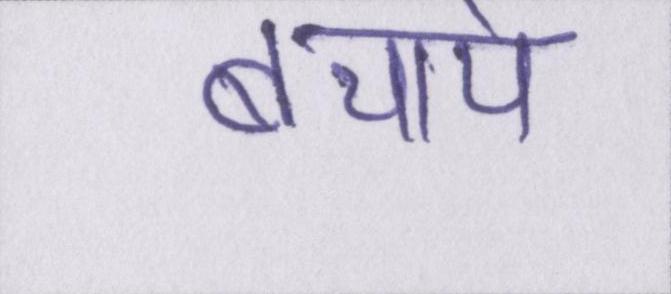
बचाये